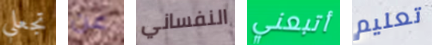
تجعلي عن النفساني أتبعني تعليم